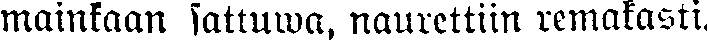
mainkaan sattuwa, naurettiin remakasti.